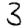
Digit: 3